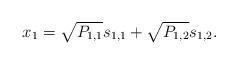
LaTeX: \begin{align*} x_1=\sqrt{P_{1,1}}s_{1,1}+\sqrt{P_{1,2}}s_{1,2}.\end{align*}